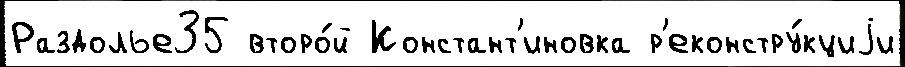
Раздолье35 второ́й Констант'иновка р'еконстру́кциjи